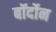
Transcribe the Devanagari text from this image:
बॉर्दोन